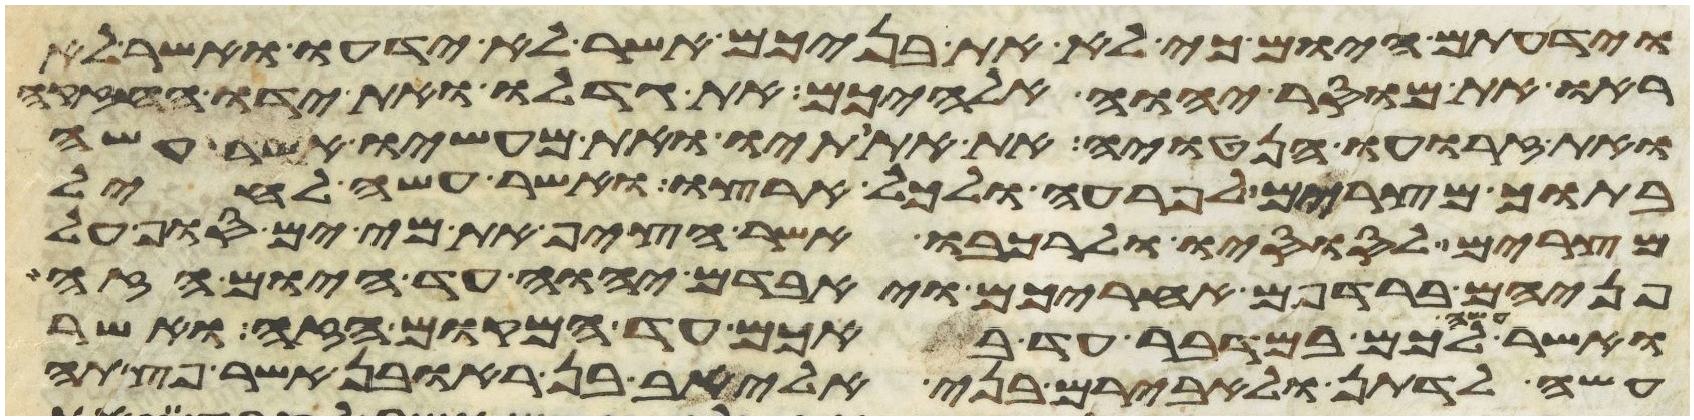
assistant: וידעתם היום כי לא את בניכם אשר לא ידעו ואשר לא
ראו את מוסר יהוה אלהיכם את גדלו ואת ידו החזקה
ואת זרועו הנטויה את אתותיו ואת מעשיו אשר עשה
בתוך מצרים לפרעה ולכל ארצו ואשר עשה לחיל
מצרים לסוסיו ולרכבו אשר הציף את מי ים סוף על
פניהם ברדפם אחריכם ויאבדם יהוה עד היום הזה
ואשר עשה לכם במדבר עד באכם עד המקום הזה ואשר
עשה לדתן ולאבירם בני אליאב בן ראובן אשר פצתה